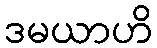
ဒမယာဟိ